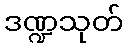
ဒဏ္ဍသုတ်